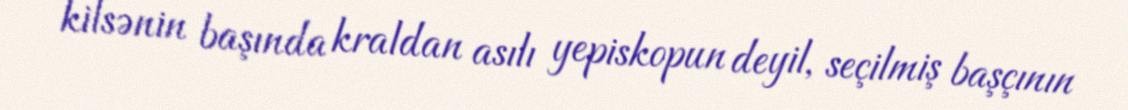
kilsənin başında kraldan asılı yepiskopun deyil, seçilmiş başçının